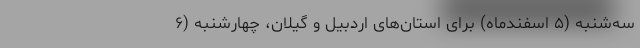
سه‌شنبه (۵ اسفندماه)‌ برای استان‌های اردبیل و گیلان، چهارشنبه (۶